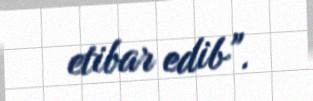
etibar edib”.